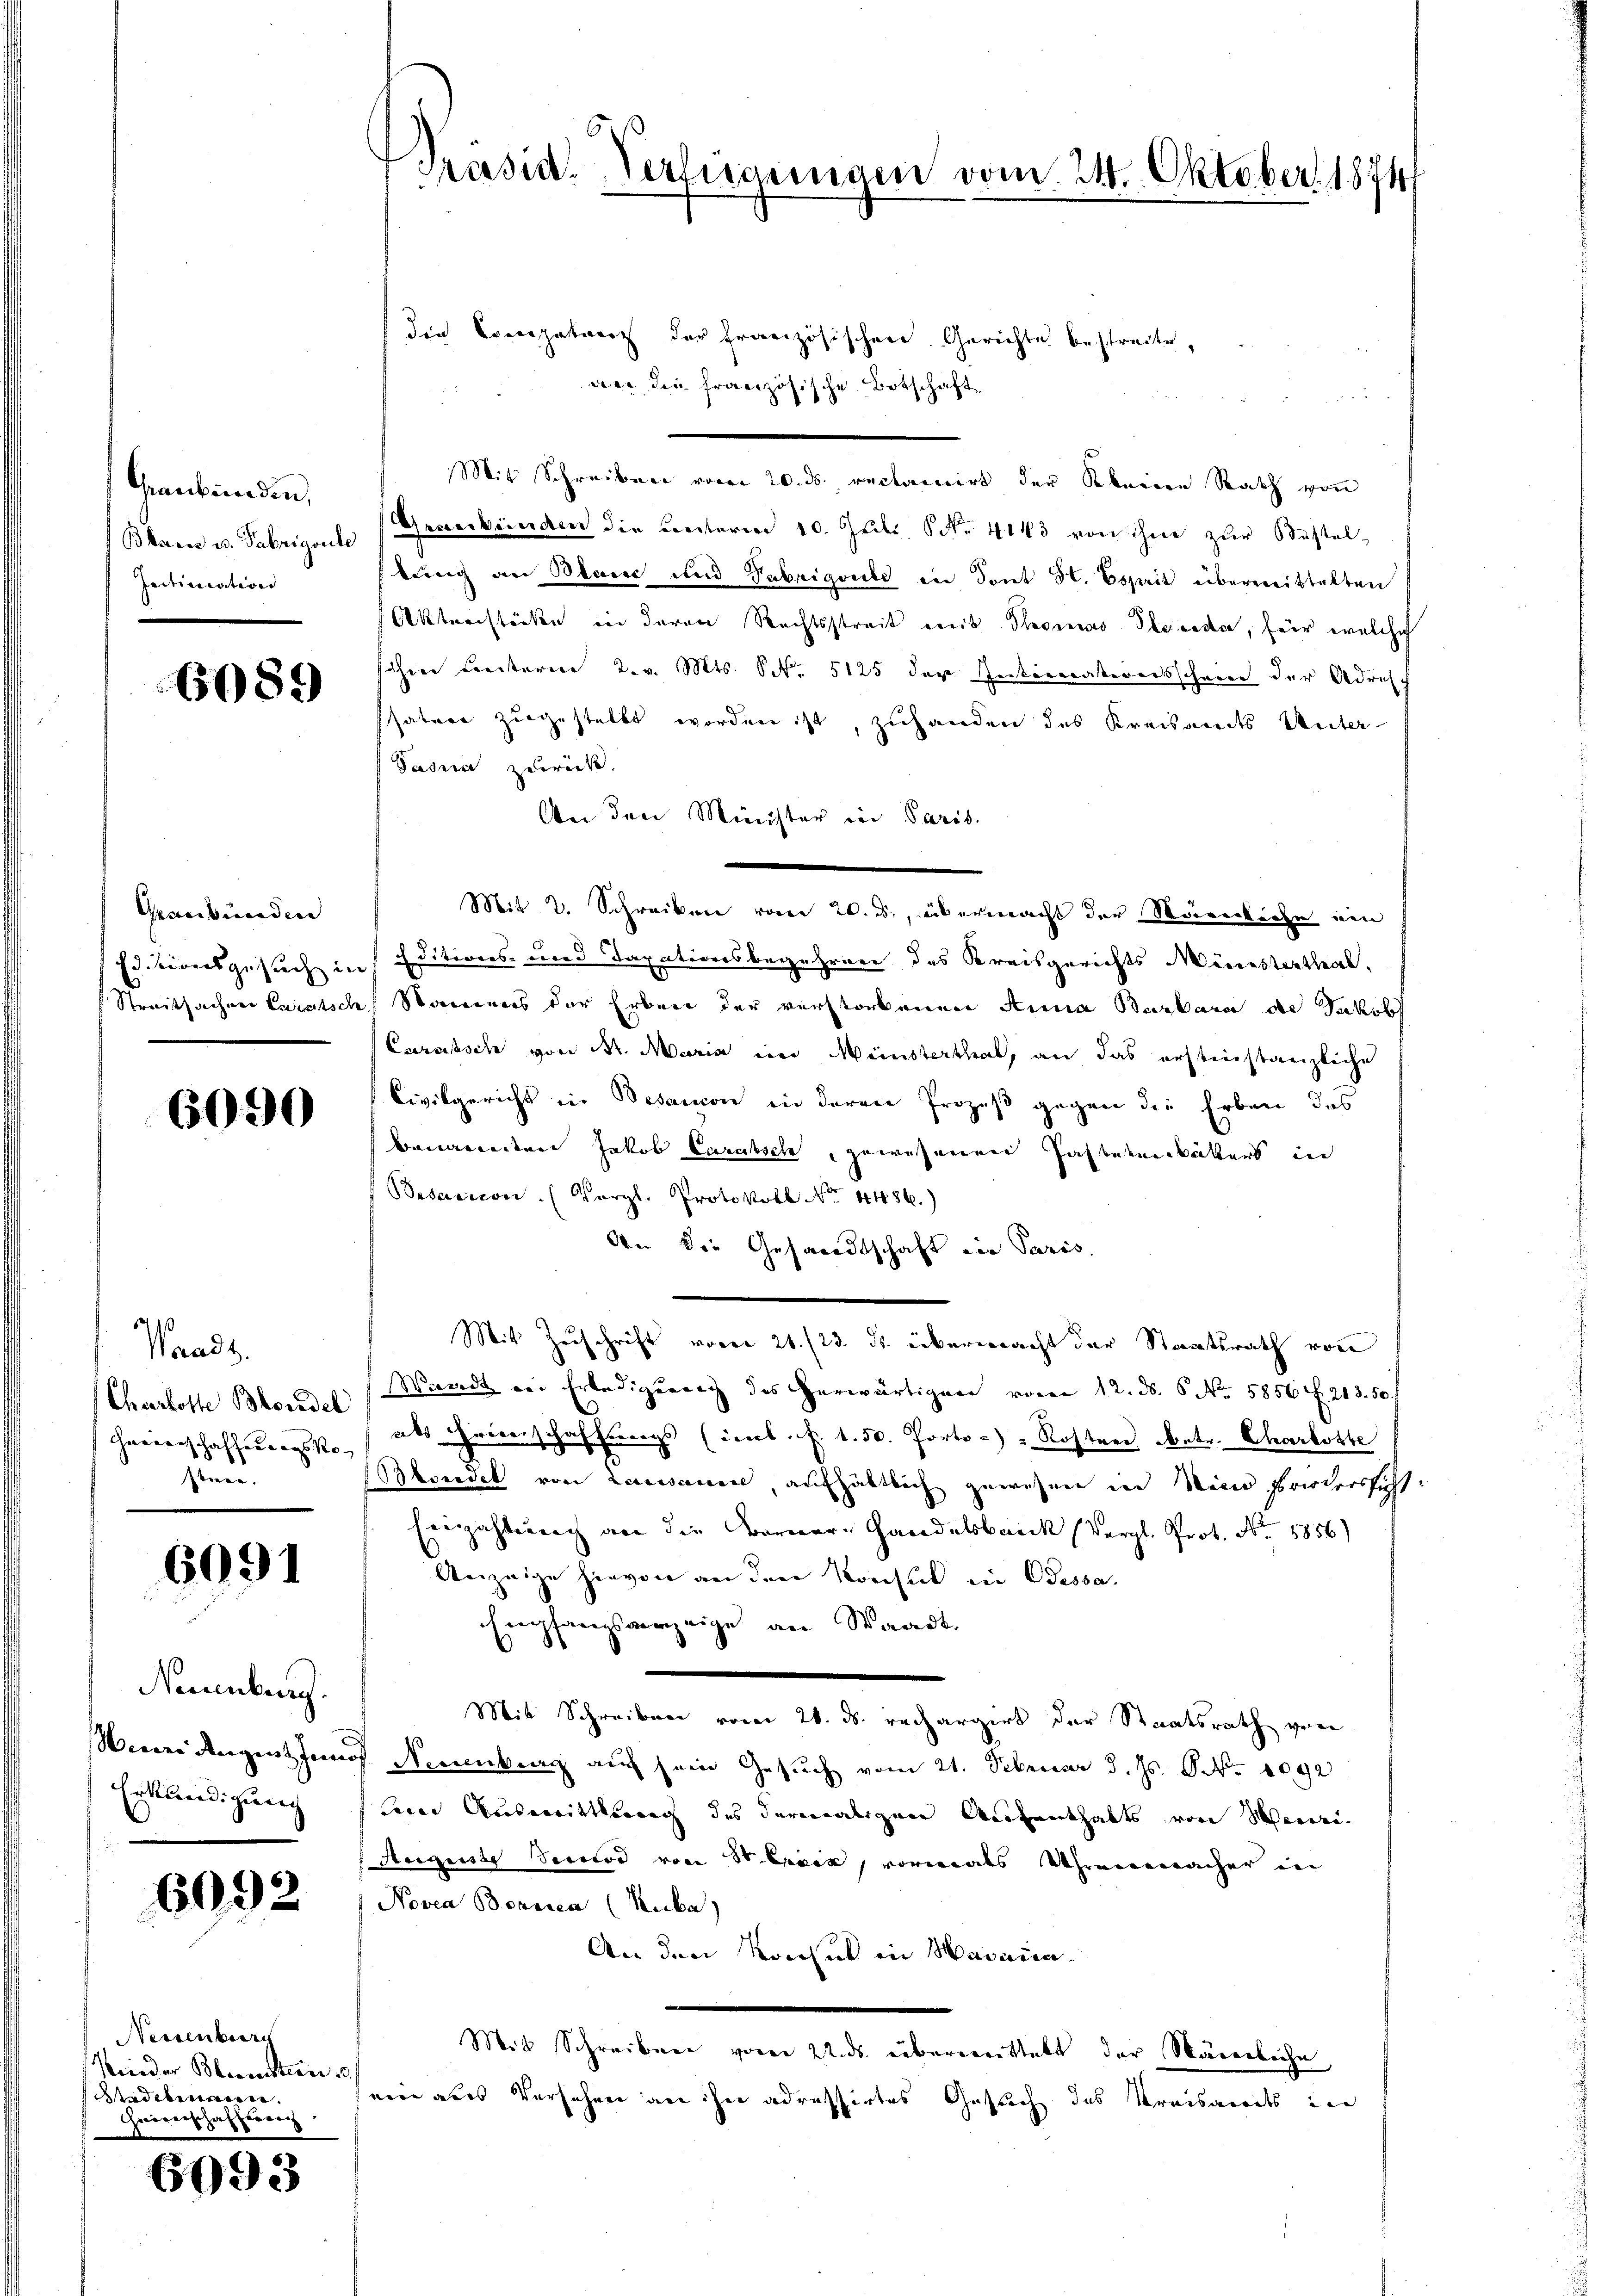
Graubünden,
Initiation

6089

Graubünden
Streitsacher Leistsc

6090

Waadt.
Charloste Bordel
Gredenschaffend aus Ro- |
stree.

6091

Neuenburg.
Erkundigung

6092

Neuenburg
Wieder Bleisten 3/
Gadebenwesen. |
Heiverschaffeurich

6093

die Concepatreit der französischen Gerichte bestreite,
vier die französische Botschaft
Mit Schreiben vom 20. ds. reclamirt der keine Rath von
Blar u. Febrigens (Graubünden die unterm 10. Juli, Nr. 4143 von ihm zur Küsteltung an Blaue und Fabrigente in dont St. Esprit übermittelten
Aktenstücke in deren Rechtsstreit mit Thomas Oberede, für welche
schen Freiterm 2. v. Mts. S. 5125 der Intererakereisschriee der Adresch
hätere zugestellt worden ist, zuhanden des Kreisamts Unter-
Dadia zurück.
An den Minister in Paris.
Mit 2. Schreiben vom 20. d., übermacht der Maurerkuche ein
Es beidersgesuch in Editions- und Taxationsbegehren des Kreisgerichts Ministerthal,
te Stammens der Erben der verstorbenen Anna Barbara de Jakob
Curabsch von Sr. Maria in Meinsterthal, an das erstinstanzliche
Civilgericht in Besanon in deren Prozeß gegen die Erben des
bauernderer Jakob Carabsche, gewesenen Zahlakenikäkert in
Besariscon. (Vergl. Protokoll No 4486.)
An die Gesandtschaft von Paris,
Mit Zuschrift voren 21. (23. ds. übermacht der Staatsrath von
Waadt ein Erledigung des herwärtigen vom 12. d. 6. No. 5856 f. 203. 50.
als Friserschaffung (imb. f. 1. 50. Porto-) - Kosten betr. Charlotte
ependek von Lausanen, aufhältlich gewesen in Miene Frieders sicht
Einzahlung an die Korner-Handelsbank (Vergl. Prot. No. 1856)
Unzeige hievon an den Konsul in Dessa.
Empfangsverzeige an Waadt,
8
Mit Schreiben vom 21. ds. rechargirt der Staatsrath von
Were angen fünf Neuenbrag auf sein Gesuch vom 21. Februar d. Js. 8. No 1092
Leine Ausmitterung des dermaligen Aufenthalts von Menari
Auguste Senior von Sr. Excik, vormals Uhrenmacher in
Novea Bonnien (Suba)
An den Konsul in Harnica¬
Mit Schreiben vom 22. ds. überrenthebt der Nägerliche
sein aus Versehen an ihn adressirtes Gesuch des Kreisandts in

Prasid-Verfügungen vom 21. Oktober 1874